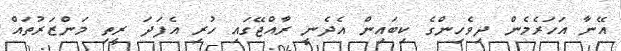
އޭނާ އަހަރެމެން ދިވެހިންގެ ކިބައިން އެދެނީ ރާއްޖޭގައި ހުރި އެފަދަ ރީތި މަންޒަރުތައް